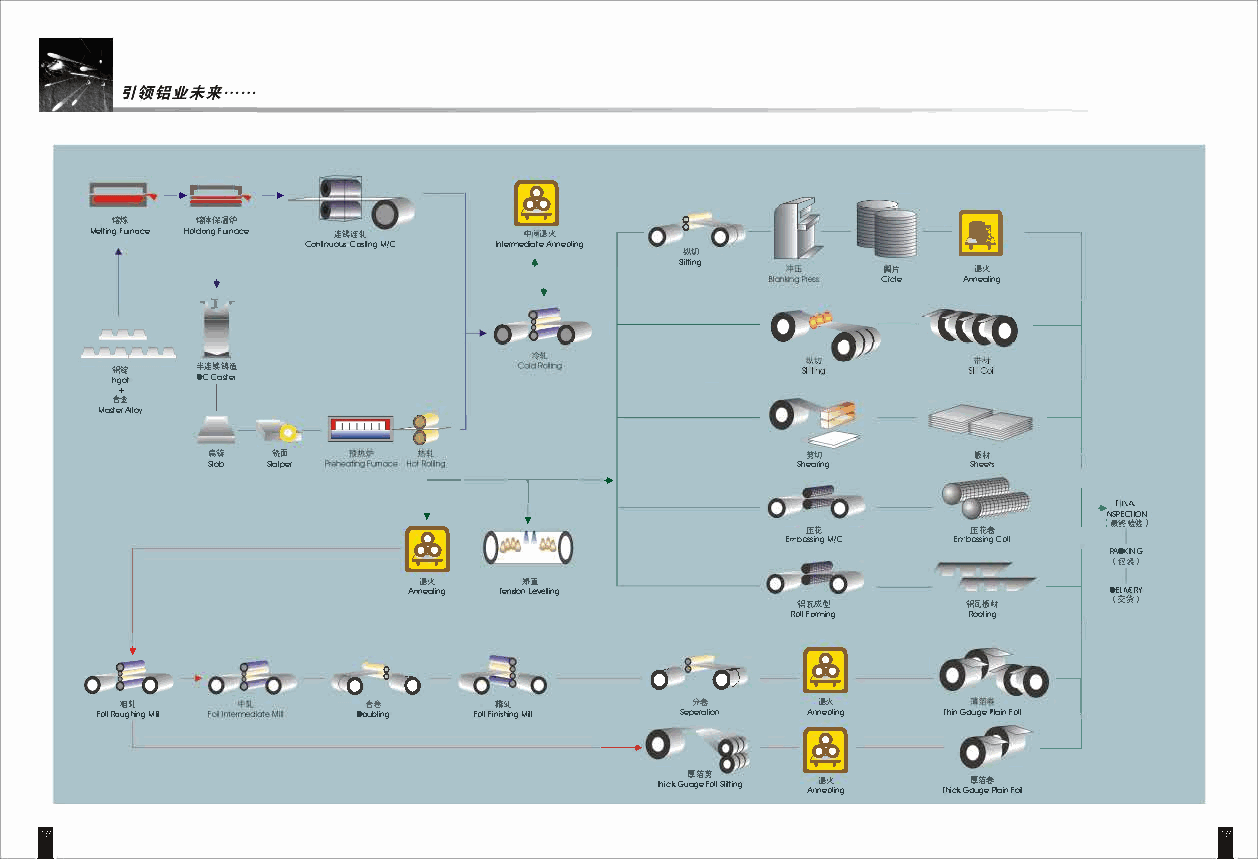
-..• I
 _..
 !i,t; ey;;c;;,;�11'        �          8                 [i)
 Meltingfuncx;Hed daigFun=e iitlliHL 1*11eJiA:k i
 l     Coo�ruoCu;a; �nMg/ C lntermeAdranteed ing iJA\)J
 L         Slitting     1,11, il!x
 Orcle Mnealing
 , ] r
 �
 liil:1 'l'iil;l;tlii
 I"'ngot" OCCastef
 +
 Master/>Jloy I
 j_
 '                                        �
 .; So1:1 b S'5\ aiti l per ..          ShJl e\JJ ar ing S!, hIii, e em +c-
 •      •                                     r,,./SPEOIGJ
 fliR       ffR@     il:�19:�l
 ErrbasingM/C ErrbasingCdl
 PAO<ING
 �                                              l!Hll
 il!x   '1i1I
 Mnealing Tef'LS8Vme ling  """�                CHMRY
 1/iH,i,   l!tllil
 RdFla ning  Roding �
 •
 0 "' 8 " 0          0   Q)    �
 fflfl                    11m          ;ti,    il!ek           �
 FdRl coghMnigl l  DCWling FdlFinishngMill Seperatim Arneding ThinGa..JgeF1ainFdl
 -----
 _J
 �
 ThiGcul'J ak g !e FedJl Sl l itting Aril! nex di ng ThcGa..Jkgl'J e!e R!; a iFno il
 I                                                                              I